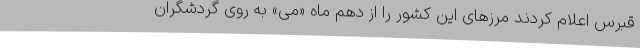
قبرس اعلام کردند مرزهای این کشور را از دهم ماه «می» به روی گردشگران